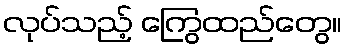
လုပ်သည့် ကြွေထည်တွေ။